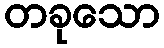
တခုသော